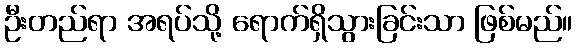
ဦးတည်ရာ အရပ်သို့ ရောက်ရှိသွားခြင်းသာ ဖြစ်မည်။